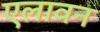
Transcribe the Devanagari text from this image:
एलावन